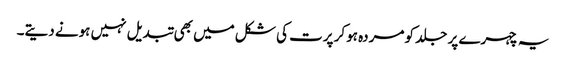
یہ چہرے پر جلد کو مردہ ہوکر پرت کی شکل میں بھی تبدیل نہیں ہونے دیتے۔